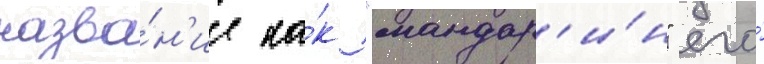
назва́н'ие ка́к "мандар'и́н" его́